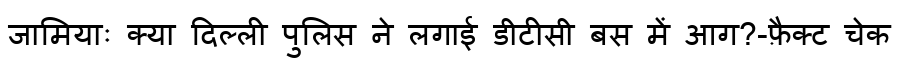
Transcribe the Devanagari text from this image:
जामियाः क्या दिल्ली पुलिस ने लगाई डीटीसी बस में आग?-फ़ैक्ट चेक